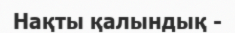
Нақты қалындық -